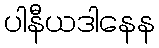
ပါနီယဒါနေန